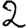
Digit: 2